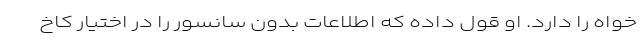
خواه را دارد. او قول داده که اطلاعات بدون سانسور را در اختیار کاخ